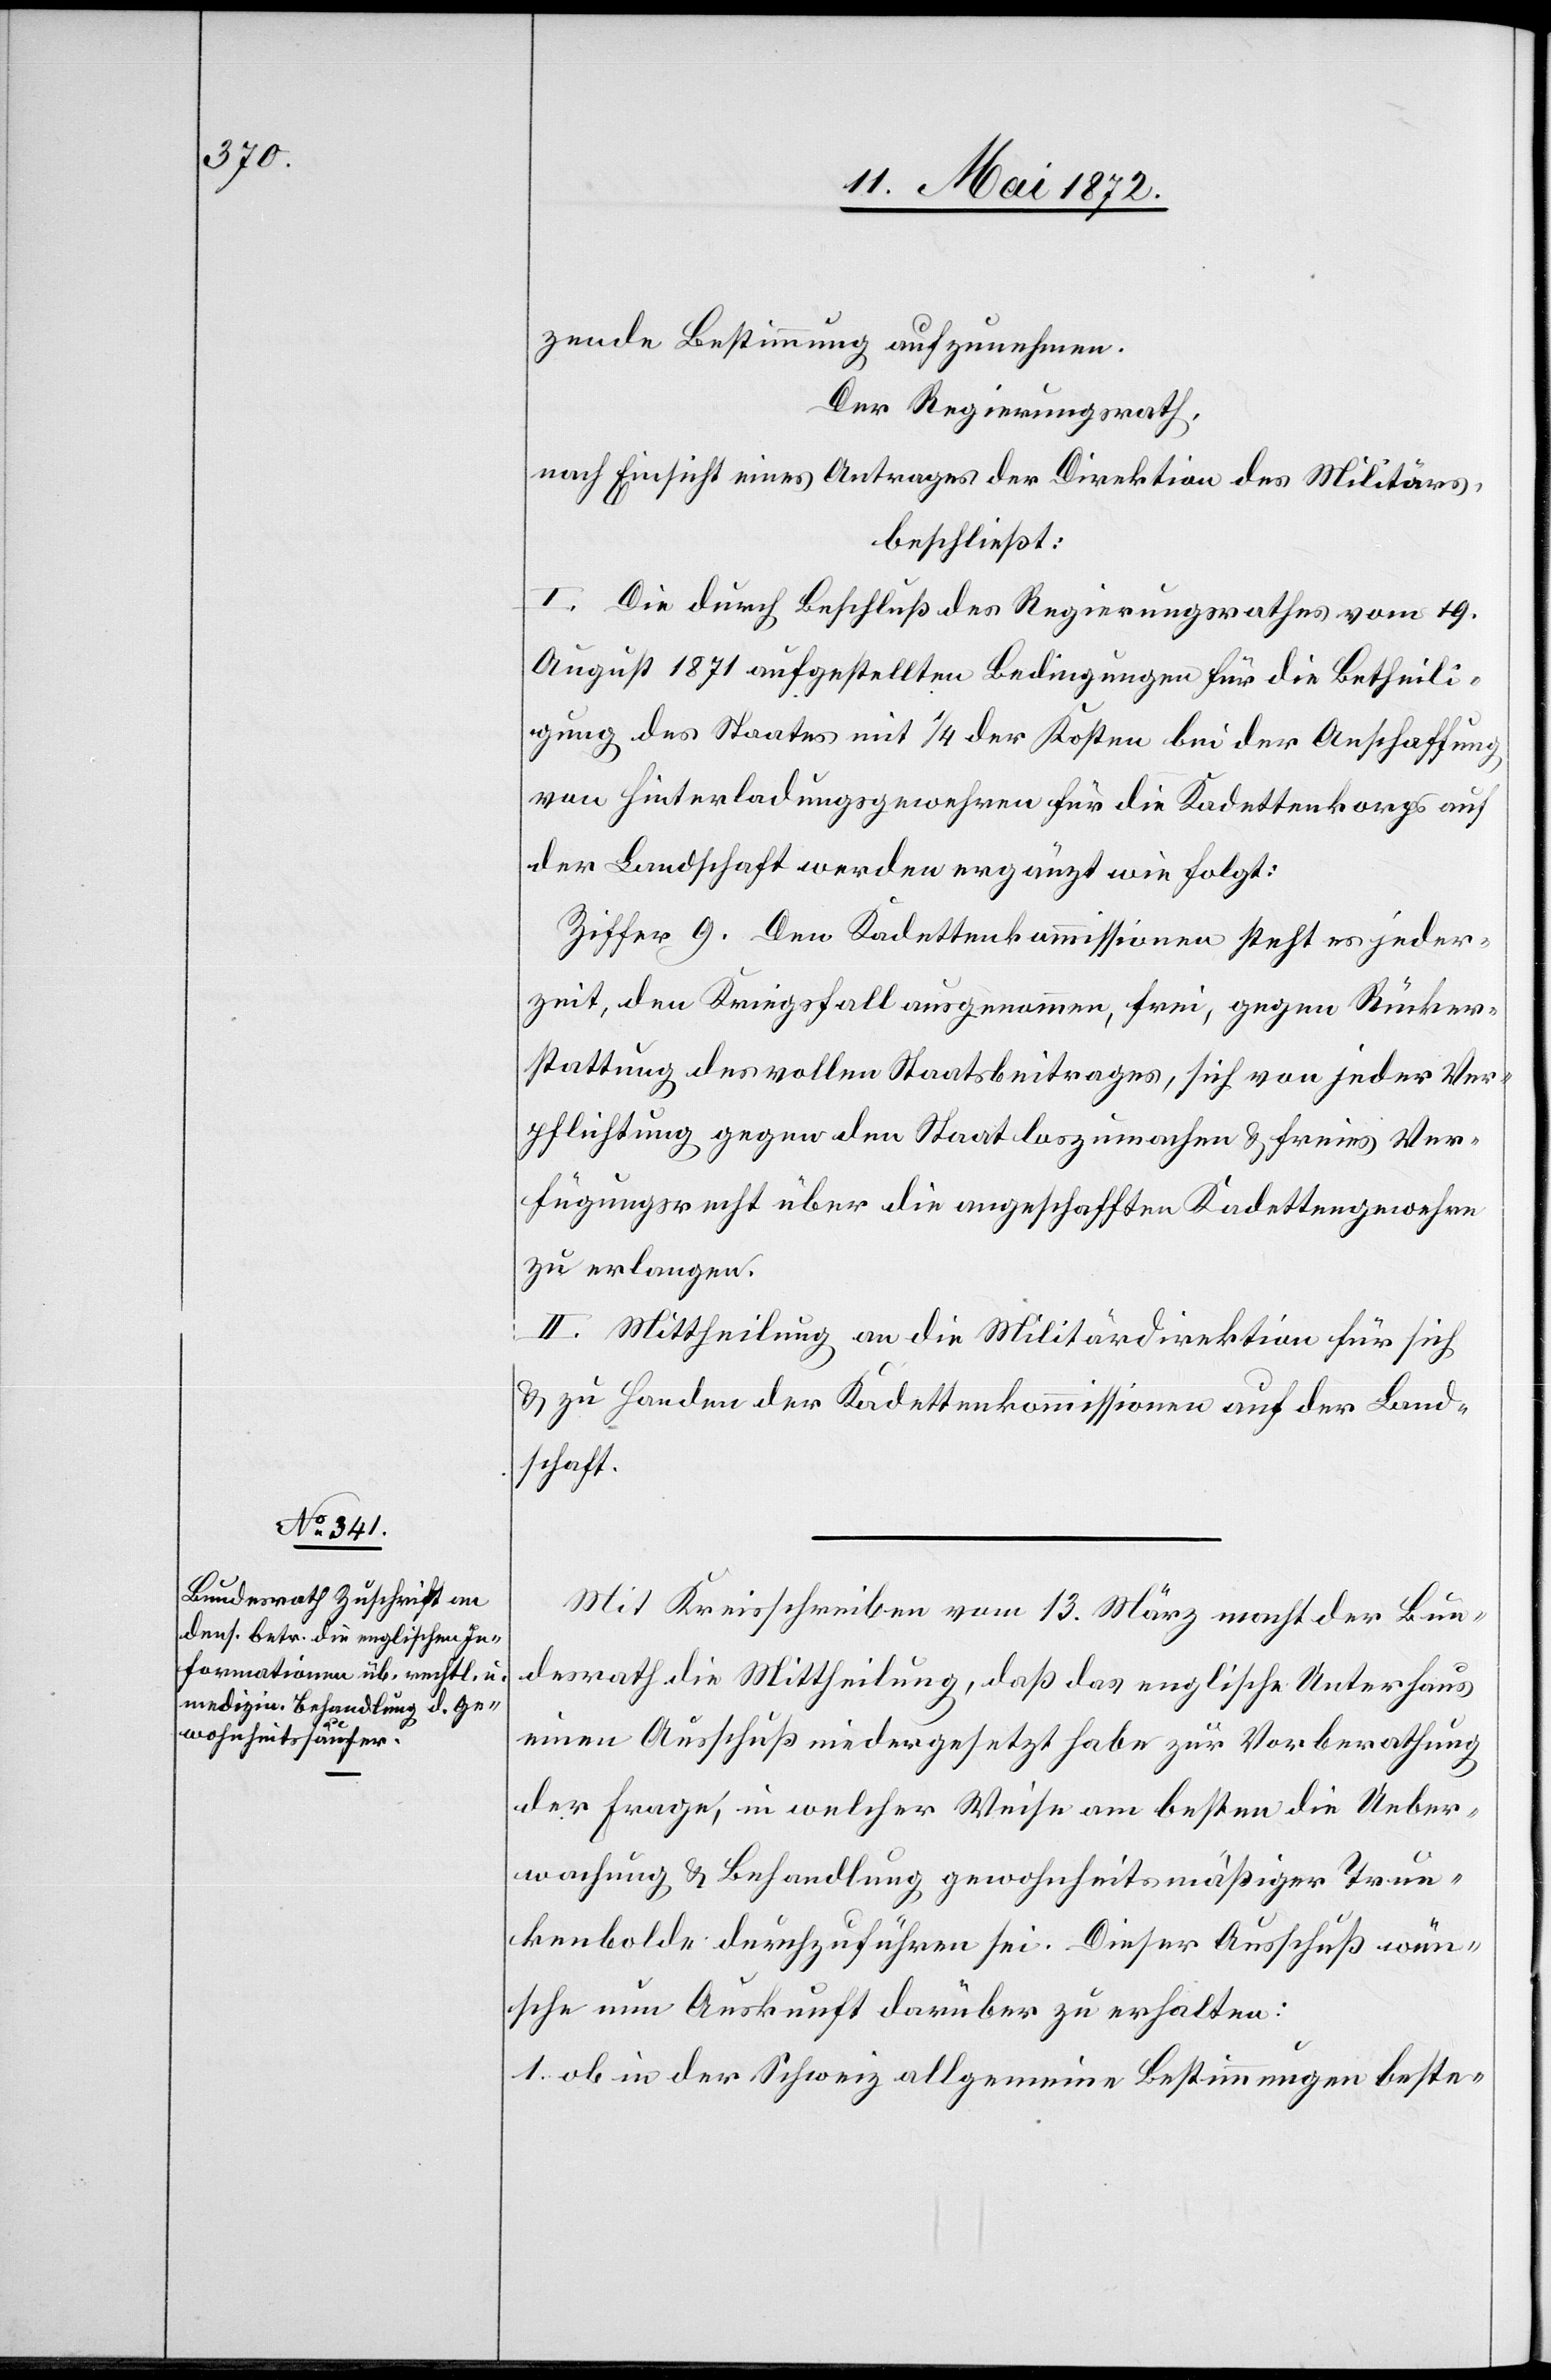
zende Bestimmung aufzunehmen.
Der Regierungsrath,
nach Einsicht eines Antrages der Direktion des Militärs,
beschließt:
I. Die durch Beschluß des Regierungsrathes vom 19.
August 1871 aufgestellten Bedingungen für die Betheili¬
gung des Staates mit 1/4 der Kosten bei der Anschaffung
von Hinterladungsgewehren für die Kadettenkorps auf
der Landschaft werden ergänzt wie folgt:
Ziffer 9. Den Kadettenkommissionen steht es jeder¬
zeit, den Kriegsfall ausgenommen, frei, gegen Rücker¬
stattung des vollen Staatsbeitrages, sich von jeder Ver¬
pflichtung gegen den Staats loszumachen u. freies Ver¬
fügungsrecht über die angeschafften Kadettengewehre
zu erlangen.
II. Mittheilung an die Militärdirektion für sich
u. zu Handen der Kadettenkommission auf der Land¬
schaft.
Mit Kreisschreiben vom 13. März macht der Bun¬
desrath die Mittheilung, daß das englische Unterhaus
einen Ausschuß niedergesetzt habe zur Vorberathung
der Frage, in welcher Weise am besten die Ueber¬
wachung u. Behandlung gewohnheitsmäßiger Trun¬
kenbolde durchzuführen sei. Dieser Ausschuß wün¬
sche nun Auskunft darüber zu erhalten:
1. ob in der Schweiz allgemeine Bestimmungen beste-